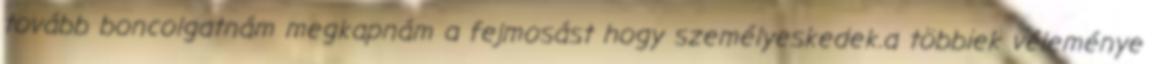
tovább boncolgatnám megkapnám a fejmosást hogy személyeskedek.a többiek véleménye